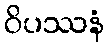
ဝိပဿနံ